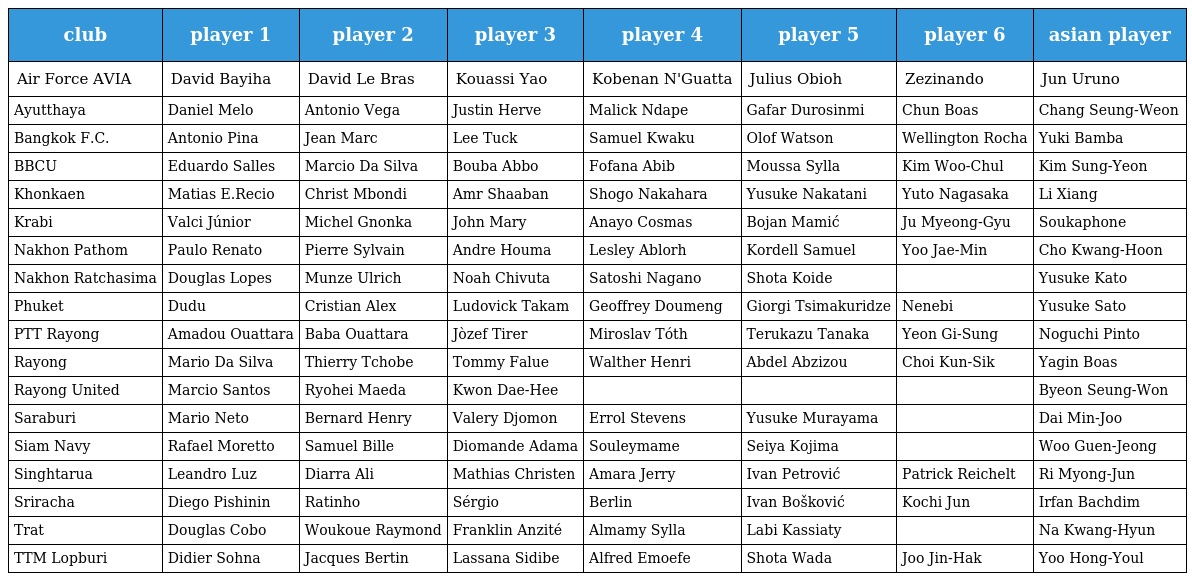
| club | player 1 | player 2 | player 3 | player 4 | player 5 | player 6 | asian player |
 | --- | --- | --- | --- | --- | --- | --- | --- |
 | Air Force AVIA | David Bayiha | David Le Bras | Kouassi Yao | Kobenan N'Guatta | Julius Obioh | Zezinando | Jun Uruno |
 | Ayutthaya | Daniel Melo | Antonio Vega | Justin Herve | Malick Ndape | Gafar Durosinmi | Chun Boas | Chang Seung-Weon |
 | Bangkok F.C. | Antonio Pina | Jean Marc | Lee Tuck | Samuel Kwaku | Olof Watson | Wellington Rocha | Yuki Bamba |
 | BBCU | Eduardo Salles | Marcio Da Silva | Bouba Abbo | Fofana Abib | Moussa Sylla | Kim Woo-Chul | Kim Sung-Yeon |
 | Khonkaen | Matias E.Recio | Christ Mbondi | Amr Shaaban | Shogo Nakahara | Yusuke Nakatani | Yuto Nagasaka | Li Xiang |
 | Krabi | Valci Júnior | Michel Gnonka | John Mary | Anayo Cosmas | Bojan Mamić | Ju Myeong-Gyu | Soukaphone |
 | Nakhon Pathom | Paulo Renato | Pierre Sylvain | Andre Houma | Lesley Ablorh | Kordell Samuel | Yoo Jae-Min | Cho Kwang-Hoon |
 | Nakhon Ratchasima | Douglas Lopes | Munze Ulrich | Noah Chivuta | Satoshi Nagano | Shota Koide |  | Yusuke Kato |
 | Phuket | Dudu | Cristian Alex | Ludovick Takam | Geoffrey Doumeng | Giorgi Tsimakuridze | Nenebi | Yusuke Sato |
 | PTT Rayong | Amadou Ouattara | Baba Ouattara | Jὸzef Tirer | Miroslav Tóth | Terukazu Tanaka | Yeon Gi-Sung | Noguchi Pinto |
 | Rayong | Mario Da Silva | Thierry Tchobe | Tommy Falue | Walther Henri | Abdel Abzizou | Choi Kun-Sik | Yagin Boas |
 | Rayong United | Marcio Santos | Ryohei Maeda | Kwon Dae-Hee |  |  |  | Byeon Seung-Won |
 | Saraburi | Mario Neto | Bernard Henry | Valery Djomon | Errol Stevens | Yusuke Murayama |  | Dai Min-Joo |
 | Siam Navy | Rafael Moretto | Samuel Bille | Diomande Adama | Souleymame | Seiya Kojima |  | Woo Guen-Jeong |
 | Singhtarua | Leandro Luz | Diarra Ali | Mathias Christen | Amara Jerry | Ivan Petrović | Patrick Reichelt | Ri Myong-Jun |
 | Sriracha | Diego Pishinin | Ratinho | Sérgio | Berlin | Ivan Bošković | Kochi Jun | Irfan Bachdim |
 | Trat | Douglas Cobo | Woukoue Raymond | Franklin Anzité | Almamy Sylla | Labi Kassiaty |  | Na Kwang-Hyun |
 | TTM Lopburi | Didier Sohna | Jacques Bertin | Lassana Sidibe | Alfred Emoefe | Shota Wada | Joo Jin-Hak | Yoo Hong-Youl |